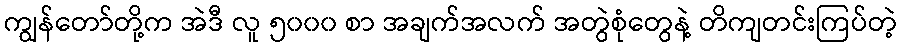
ကျွန်တော်တို့က အဲဒီ လူ ၅၀၀၀ စာ အချက်အလက် အတွဲစုံတွေနဲ့ တိကျတင်းကြပ်တဲ့